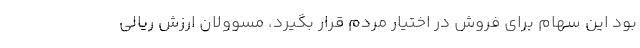
بود این سهام برای فروش در اختیار مردم قرار بگیرد، مسوولان ارزش ریالی